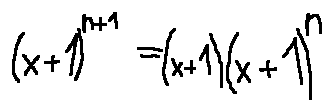
( x + 1 ) ^ { n + 1 } = ( x + 1 ) ( x + 1 ) ^ { n }